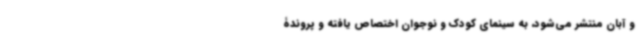
و آبان منتشر می‌شود، به سینمای کودک و نوجوان اختصاص‌ یافته و پروندۀ